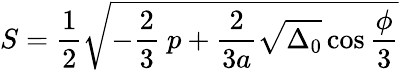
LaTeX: S={\frac{1}{2}}{\sqrt{-{\frac{2}{3}}\ p+{\frac{2}{3a}}{\sqrt{\Delta_{0}}}\cos{\frac{\phi}{3}}}}